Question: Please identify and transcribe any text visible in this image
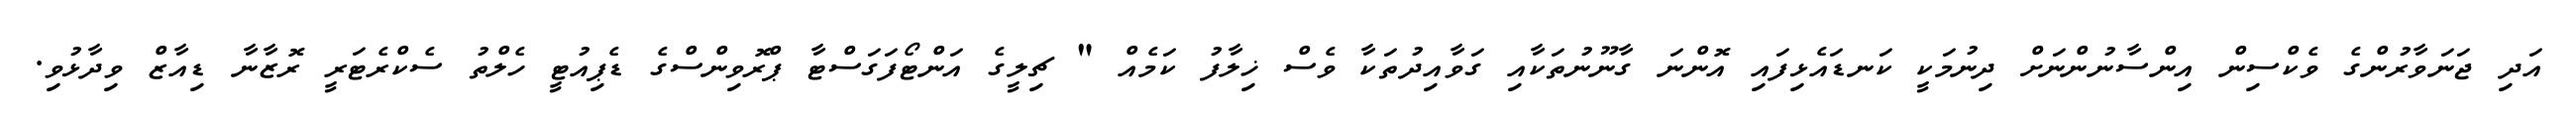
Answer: އަދި ޖަނަވާރުންގެ ވެކްސިން އިންސާނުންނަށް ދިނުމަކީ ކަނޑައެޅިފައި އޮންނަ ގާނޫނުތަކާއި ގަވާއިދުތަކާ ވެސް ޚިލާފު ކަމެއް " ޗިލީގެ އަންޓޯފަގަސްޓާ ޕްރޮވިންސްގެ ޑެޕިއުޓީ ހެލްތު ސެކްރެޓަރީ ރޮޒާނާ ޑިއާޒް ވިދާޅުވި.